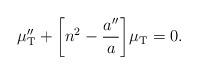
LaTeX: \begin{align*}\mu _{{\rm T}}''+\biggl[n^2-\frac{a''}{a}\biggr]\mu _{{\rm T}}=0.\end{align*}